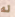
له